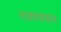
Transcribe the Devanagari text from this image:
लवणसंक्रांत